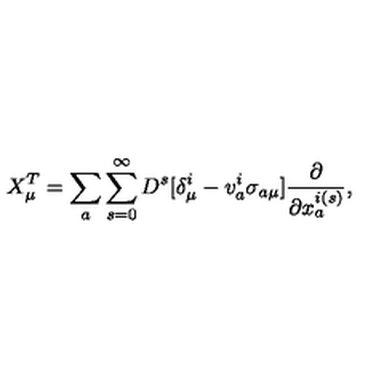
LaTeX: X _ { \mu } ^ { T } = \sum _ { a } \sum _ { s = 0 } ^ { \infty } D ^ { s } [ \delta _ { \mu } ^ { i } - v _ { a } ^ { i } \sigma _ { a \mu } ] \frac { \partial } { \partial x _ { a } ^ { i ( s ) } } ,